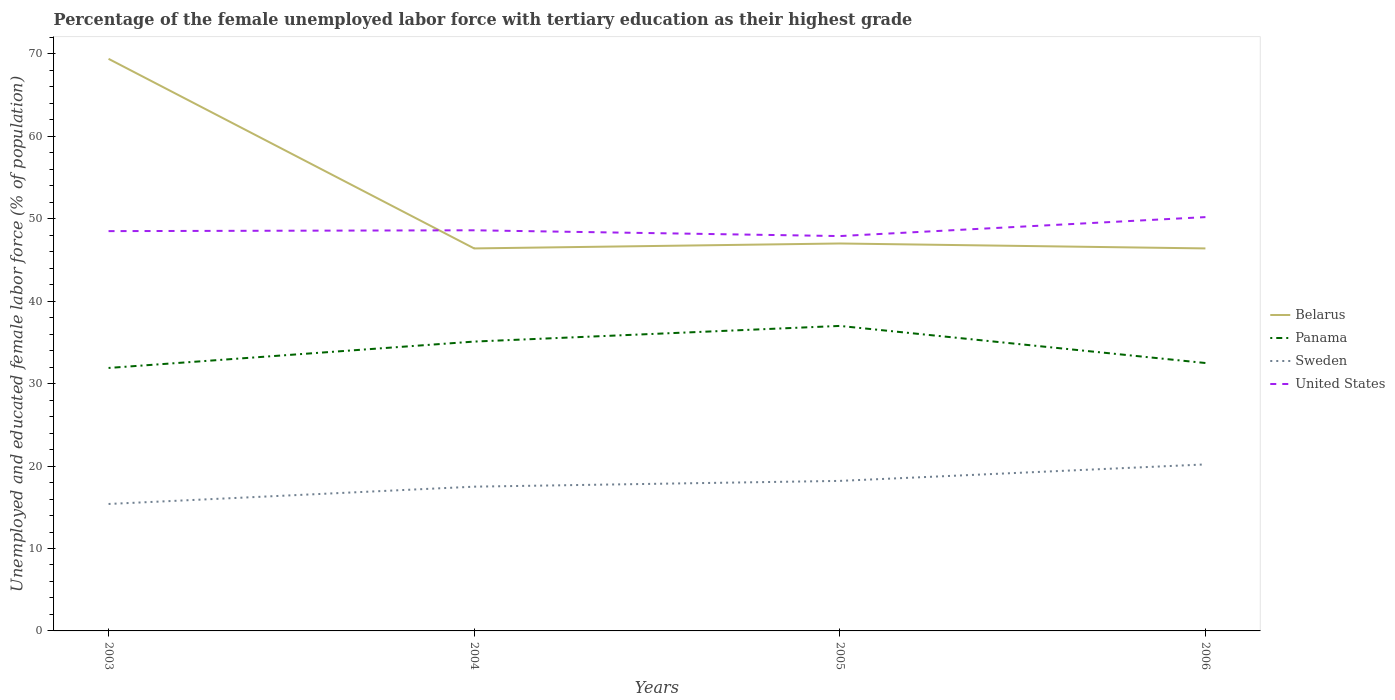
| Years | Belarus | Panama | Sweden | United States |
 | --- | --- | --- | --- | --- |
 | 2003 | 69.4 | 31.9 | 15.4 | 48.5 |
 | 2004 | 46.4 | 35.1 | 17.5 | 48.6 |
 | 2005 | 47 | 37 | 18.2 | 47.9 |
 | 2006 | 46.4 | 32.5 | 20.2 | 50.2 |